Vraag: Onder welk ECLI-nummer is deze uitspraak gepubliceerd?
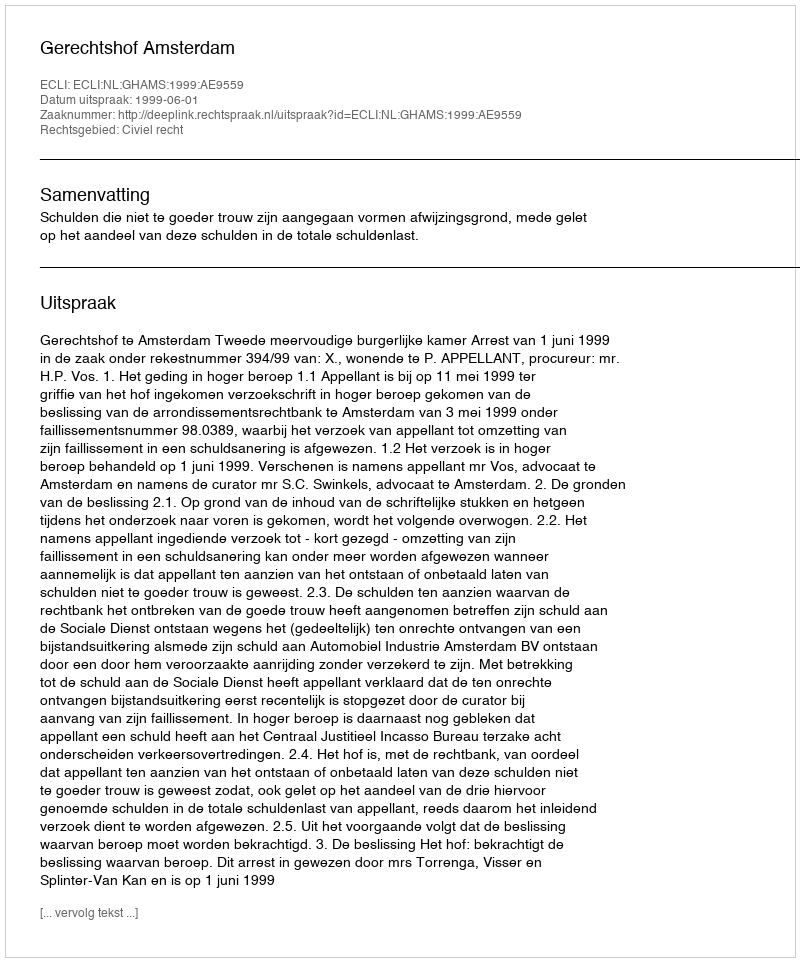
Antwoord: ECLI:NL:GHAMS:1999:AE9559